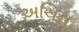
અચિન